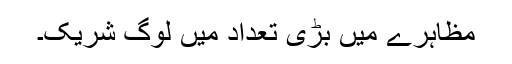
مظاہرے میں بڑی تعداد میں لوگ شریک۔